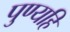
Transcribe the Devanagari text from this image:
पुण्यहि